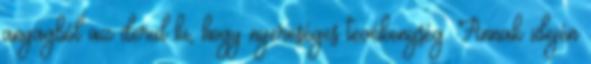
anyagból az derül ki, hogy nyereséges tevékenység. Annak idején